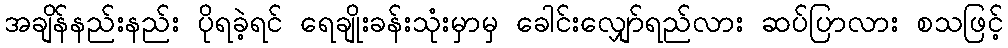
အချိန်နည်းနည်း ပိုရခဲ့ရင် ရေချိုးခန်းသုံးမှာမှ ခေါင်းလျှော်ရည်လား ဆပ်ပြာလား စသဖြင့်